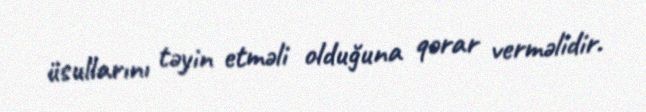
üsullarını təyin etməli olduğuna qərar verməlidir.